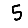
Digit: 5